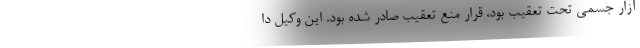
آزار جسمی تحت تعقیب بود، قرار منع تعقیب صادر شده بود. این وکیل دا